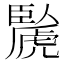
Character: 䖙